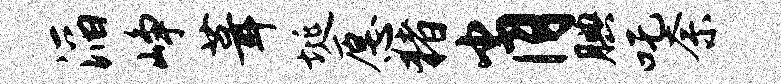
滔峥葺埏愿猪肖腆吒奈